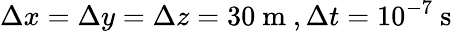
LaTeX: \Delta x=\Delta y=\Delta z=30\mathrm{~m~},\Delta t=10^{-7}\mathrm{~s~}